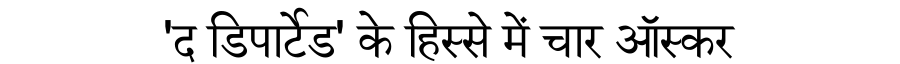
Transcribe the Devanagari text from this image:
'द डिपार्टेड' के हिस्से में चार ऑस्कर